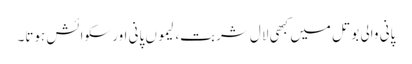
پانی والی بوتل میں کبھی لال شربت، لیموں پانی اور سکوائش ہوتا۔